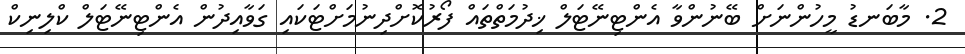
2. މާބަނޑު މީހުންނަށް ބޭނުންވާ އެންޓިނޭޓަލް ޚިދުމަތްތައް ފޯރުކޮށްދިނުމަށްޓަކައި ގަވާއިދުން އެންޓިނޭޓަލް ކްލިނިކް